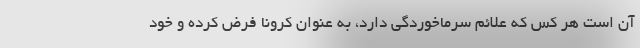
آن است هر کس که علائم سرماخوردگی دارد، به عنوان کرونا فرض کرده و خود